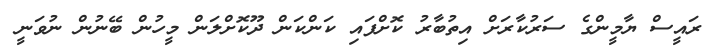
ރައީސް ޔާމީންގެ ސަރުކާރަށް އިތުބާރު ކޮށްފައި ކަންކަން ދޫކޮށްލަން މީހުން ބޭނުން ނުވަނީ